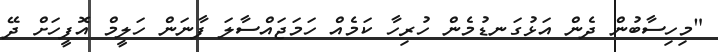
"މިހިސާބުން ދެން އަޅުގަނޑުމެން ހުރިހާ ކަމެއް ހަމަޖައްސާލަ ފާނަން ހަލީމް އޮފީހަށް ދޭ